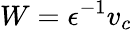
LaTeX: W=\epsilon^{-1}v_{c}